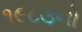
૧૯૮૩નો